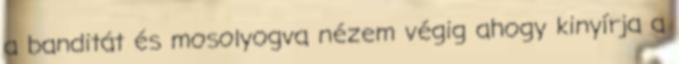
a banditát és mosolyogva nézem végig ahogy kinyírja a